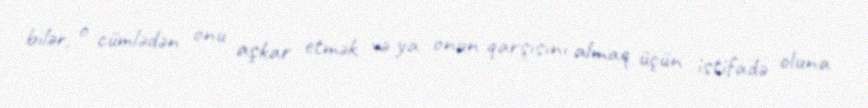
bilər, o cümlədən onu aşkar etmək və ya onun qarşısını almaq üçün istifadə oluna